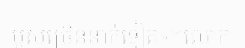
បួសច្រើននាក់ទៀត»។លោក